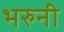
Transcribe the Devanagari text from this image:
भरुनी